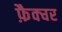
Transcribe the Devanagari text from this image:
फ़ैक्चर